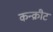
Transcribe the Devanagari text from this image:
कन्क्रीट